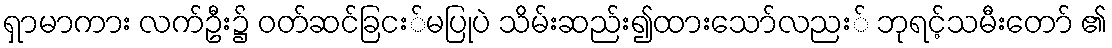
ရှာမာကား လက်ဦး၌ ဝတ်ဆင်ခြငး်မပြုပဲ သိမ်းဆည်း၍ထားသော်လညး် ဘုရင့်သမီးတော် ၏